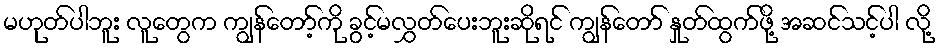
မဟုတ်ပါဘူး လူတွေက ကျွန်တော့်ကို ခွင့်မလွှတ်ပေးဘူးဆိုရင် ကျွန်တော် နှုတ်ထွက်ဖို့ အဆင်သင့်ပါ လို့